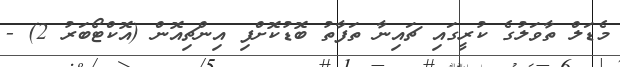
މެޑަލް ތާވަލުގެ ކުރީގައި ޗައިނާ ތަފާތު ބޮޑުކޮށްފި އިންޗިއޮން (އޮކްޓޯބަރު 2) -